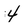
Character: 4